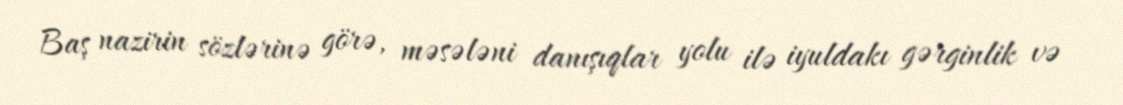
Baş nazirin sözlərinə görə, məsələni danışıqlar yolu ilə iyuldakı gərginlik və